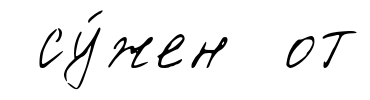
су́жен от